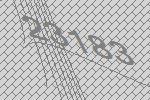
23183